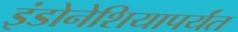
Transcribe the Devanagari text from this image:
इंडोनेशियापर्यंत